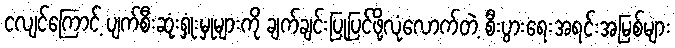
ငလျင်ကြောင့် ပျက်စီးဆုံးရှုံးမှုများကို ချက်ချင်းပြုပြင်ဖို့လုံလောက်တဲ့ စီးပွားရေးအရင်းအမြစ်များ